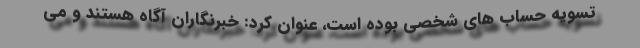
تسویه حساب های شخصی بوده است، عنوان کرد: خبرنگاران آگاه هستند و می